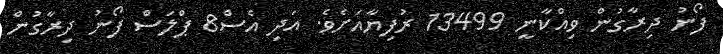
ފޯނު ދިރާގުން ވިއްކާނީ 13499 ރުފިޔާއަށެވެ. އަދި އެސް8 ޕްލަސް ފޯނު ދިރާގުން